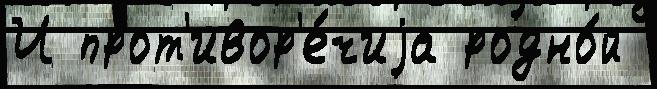
И прот'ивор'е́чиjа родно́й